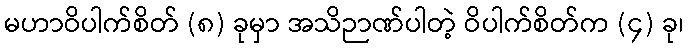
မဟာဝိပါက်စိတ် (၈) ခုမှာ အသိဉာဏ်ပါတဲ့ ဝိပါက်စိတ်က (၄) ခု၊